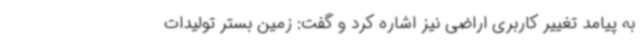
به پیامد تغییر کاربری اراضی نیز اشاره کرد و گفت: زمین بستر تولیدات